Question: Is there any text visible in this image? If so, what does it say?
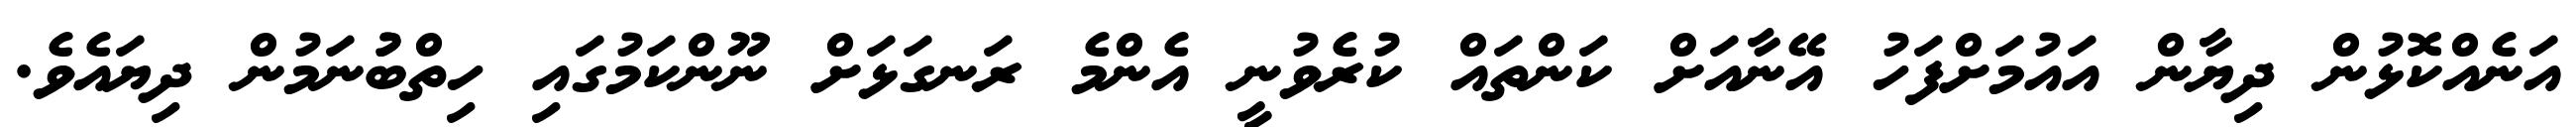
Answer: އަނެއްކޮޅުން ދިޔާން އައުމަށްފަހު އޭނާއަށް ކަންތައް ކުރެވުނީ އެންމެ ރަނގަޅަށް ނޫންކަމުގައި ހިތްބުުނަމުން ދިޔައެވެ.